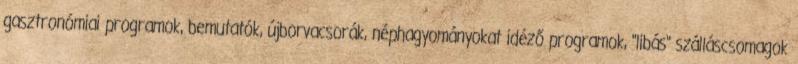
gasztronómiai programok, bemutatók, újborvacsorák, néphagyományokat idéző programok, "libás" szálláscsomagok